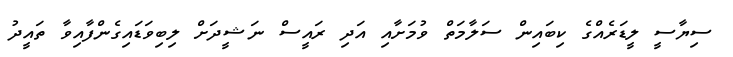
ސިޔާސީ ލީޑަރެއްގެ ކިބައިން ސަލާމަތް ވުމަށާއި އަދި ރައީސް ނަޝީދަށް ލިބިވަޑައިގެންފާއިވާ ތައީދު